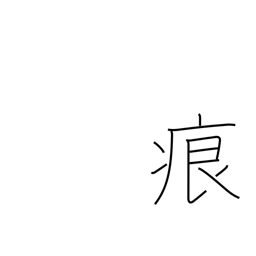
Meaning: foot print